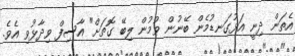
އެތަން ދިނީ އަޅުގަނޑުމެން ބޭނުން ވުމުން ލިބޭ ގޮތަށް" އާސިފް ވިދާޅުވި އެވެ.